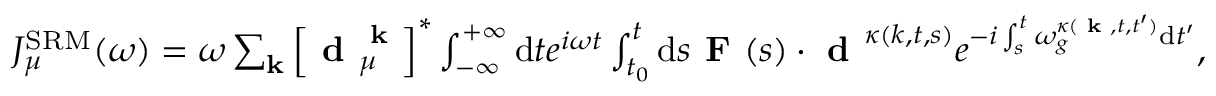
\begin{array} { r } { J _ { \mu } ^ { \mathrm { S R M } } ( \omega ) = \omega \sum _ { \mathbf { k } } \left[ \textbf { d } _ { \mu } ^ { \textbf { k } } \right] ^ { * } \int _ { - \infty } ^ { + \infty } \mathrm { d } t e ^ { i \omega t } \int _ { t _ { 0 } } ^ { t } \mathrm { d } s \textbf { F } ( s ) \cdot \textbf { d } ^ { \kappa ( k , t , s ) } e ^ { - i \int _ { s } ^ { t } \omega _ { g } ^ { \kappa ( \textbf { k } , t , t ^ { \prime } ) } \mathrm { d } t ^ { \prime } } , } \end{array}